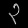
Digit: ၃